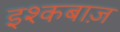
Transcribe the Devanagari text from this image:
इश्कबाज़